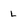
Character: L